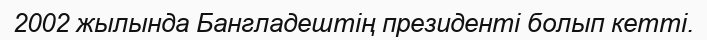
2002 жылында Бангладештің президенті болып кетті.